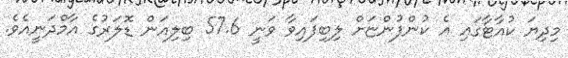
މިދިޔަ ކުއާޓާގައި އެ ކުންފުންޏަށް ލިބިފައިވާ ވަނީ 57.6 ބިލިއަން ޑޮލަރުގެ އާމްދަނީއެވެ.